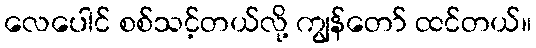
လေပေါင် စစ်သင့်တယ်လို့ ကျွန်တော် ထင်တယ်။